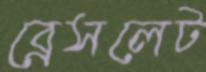
ব্রেসলেট